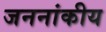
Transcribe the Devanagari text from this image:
जननांकीय